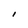
Character: I